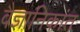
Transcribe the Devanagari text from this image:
वैज्ञानिकांत